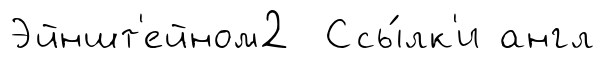
Эйншт'ейном2 Ссы́лк'и англ